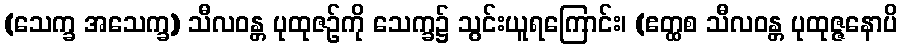
(သေက္ခ အသေက္ခ) သီလဝန္တ ပုထုဇဉ်ကို သေက္ခ၌ သွင်းယူရကြောင်း၊ (ဧတ္ထစ သီလဝန္တ ပုထုဇ္ဇနောပိ